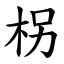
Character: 柺